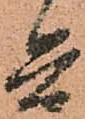
兵